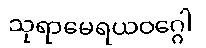
သုရာမေရယဝဂ္ဂေါ